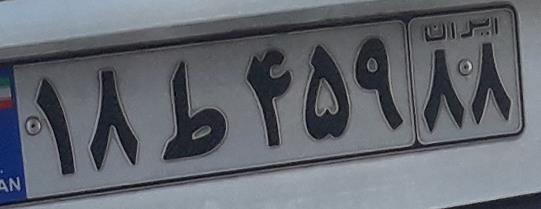
۱۸ط۴۵۹۸۸